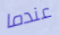
عندما